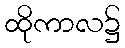
ထိုကာလ၌